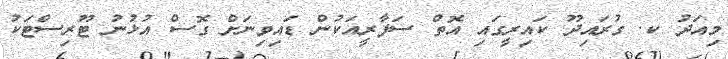
މިއަދު ކ. ގުރައިދޫ ކައިރީގައި އޮތް ސަފާރީއަކުން ޑައިވިނަށް ގޮސް އުޅުނު ޓޫރިސްޓަކު